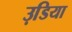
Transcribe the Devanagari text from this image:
उडि़या